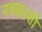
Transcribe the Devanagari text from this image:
नक्क़ाशी